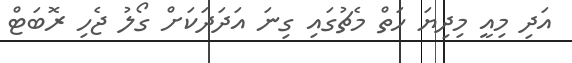
އަދި މިއީ މިދިޔަ ހަތް މެޗުގައި ގިނަ އަދަދަކަށް ގޯލު ޖެހި ރޮބަޓް